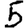
Digit: 5